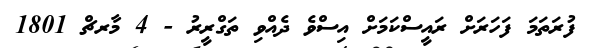
ފުރަތަމަ ފަހަރަށް ރައީސްކަމަށް އިސްވެ ދެއްވި ތަގްރީރު - 4 މާރޗް 1801